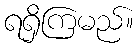
ရရှိကြမည်။